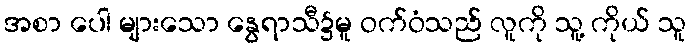
အစာ ပေါ များသော နွေရာသီ၌မူ ဝက်ဝံသည် လူကို သူ့ ကိုယ် သူ